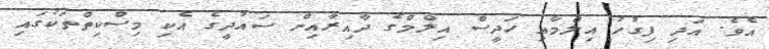
އެވެ. އަދި ފިގުހު އިލްމާއި ހަދީސް އިލްމްގެ ދާއިރާއިން ސައުދީގެ އެކި މިސްކިތްތަކުގައި